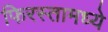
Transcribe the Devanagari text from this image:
फिरस्तामध्ये